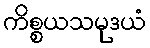
ကိစ္စယသမုဒယံ